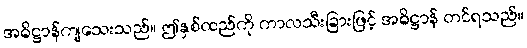
အဓိဋ္ဌာန်ကျသေးသည်။ ဤနှစ်ထည်ကို ကာလသီးခြားဖြင့် အဓိဋ္ဌာန် တင်ရသည်။